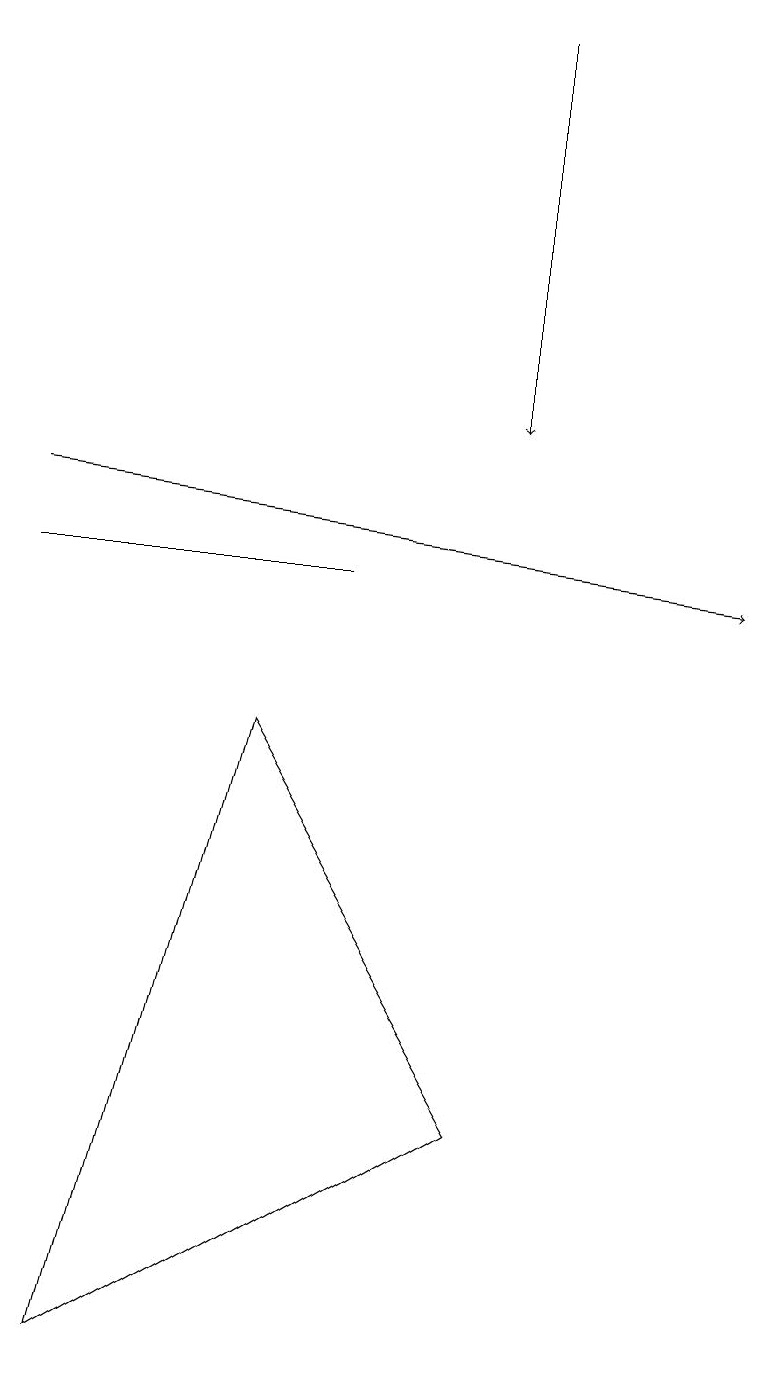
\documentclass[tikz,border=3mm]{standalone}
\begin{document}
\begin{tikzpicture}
\draw (6,4) -- (3,9) -- (1,1) -- cycle;
\draw[->] (0,12) -- (9,11);
\draw[->] (6,18) -- (6,13);
\draw (4,11) rectangle (0,11);
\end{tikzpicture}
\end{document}